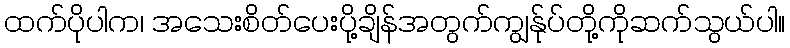
ထက်ပိုပါက၊ အသေးစိတ်ပေးပို့ချိန်အတွက်ကျွန်ုပ်တို့ကိုဆက်သွယ်ပါ။